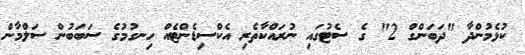
ކުޅެމުންދާ "ދަބަންގް 2" ގެ ސެޓުގައި ނުރައްކާތެރި އެކްސިޑެންޓެއް ހިނގުމުގެ ސަަބަބުން ސަލްމާން